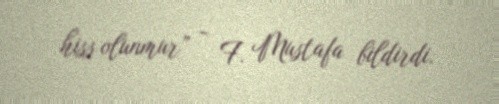
hiss olunmur” - F. Mustafa bildirdi.